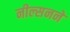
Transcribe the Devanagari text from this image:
नील्सनने